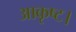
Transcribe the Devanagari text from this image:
आकृष्ट।